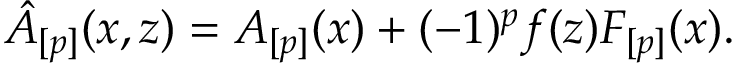
\hat { A } _ { [ p ] } ( x , z ) = A _ { [ p ] } ( x ) + ( - 1 ) ^ { p } f ( z ) F _ { [ p ] } ( x ) .